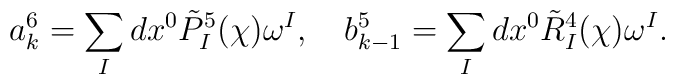
a^6_k=\sum_Idx^0\tilde{P}^5_I(\chi)\omega^I,\quad b^5_{k-1}=\sum_Idx^0\tilde{R}^4_I(\chi)\omega^I.